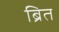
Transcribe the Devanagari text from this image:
ब्रित